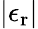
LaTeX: \vert\epsilon_{\mathrm{r}}\vert